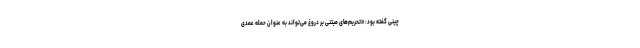
چینی گفته بود: «تحریم‌های مبتنی بر دروغ می‌تواند به عنوان حمله عمدی